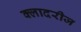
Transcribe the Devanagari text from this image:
क्लादरीज